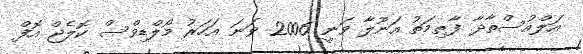
އަލްއުސްތާޛާ ފާޠިމަތު އަނޫލާ ވަނީ 2006 ވަނަ އަހަރު މޯލްޑިވްސް ކޮލެޖް އޮފް